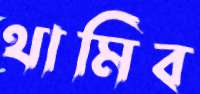
থামিব